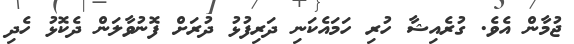
ޖުމާން އެވެ. ގުރެއިޝާ ހުރި ހަމައެކަނި ދަރިފުޅު ދުރަށް ފޮނުވާލަން ދެކޮޅު ހެދި